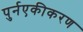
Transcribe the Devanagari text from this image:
पुर्नएकीकरण